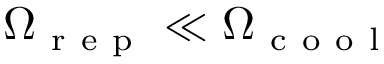
\Omega _ { \mathrm { ~ r ~ e ~ p ~ } } \ll \Omega _ { \mathrm { ~ c ~ o ~ o ~ l ~ } }